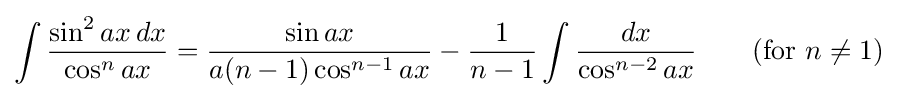
\int {\frac {\sin ^{2}ax\,dx}{\cos ^{n}ax}}={\frac {\sin ax}{a(n-1)\cos ^{n-1}ax}}-{\frac {1}{n-1}}\int {\frac {dx}{\cos ^{n-2}ax}}\qquad {\mbox{(for }}n\neq 1{\mbox{)}}